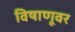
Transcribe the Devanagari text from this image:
विषाणूवर